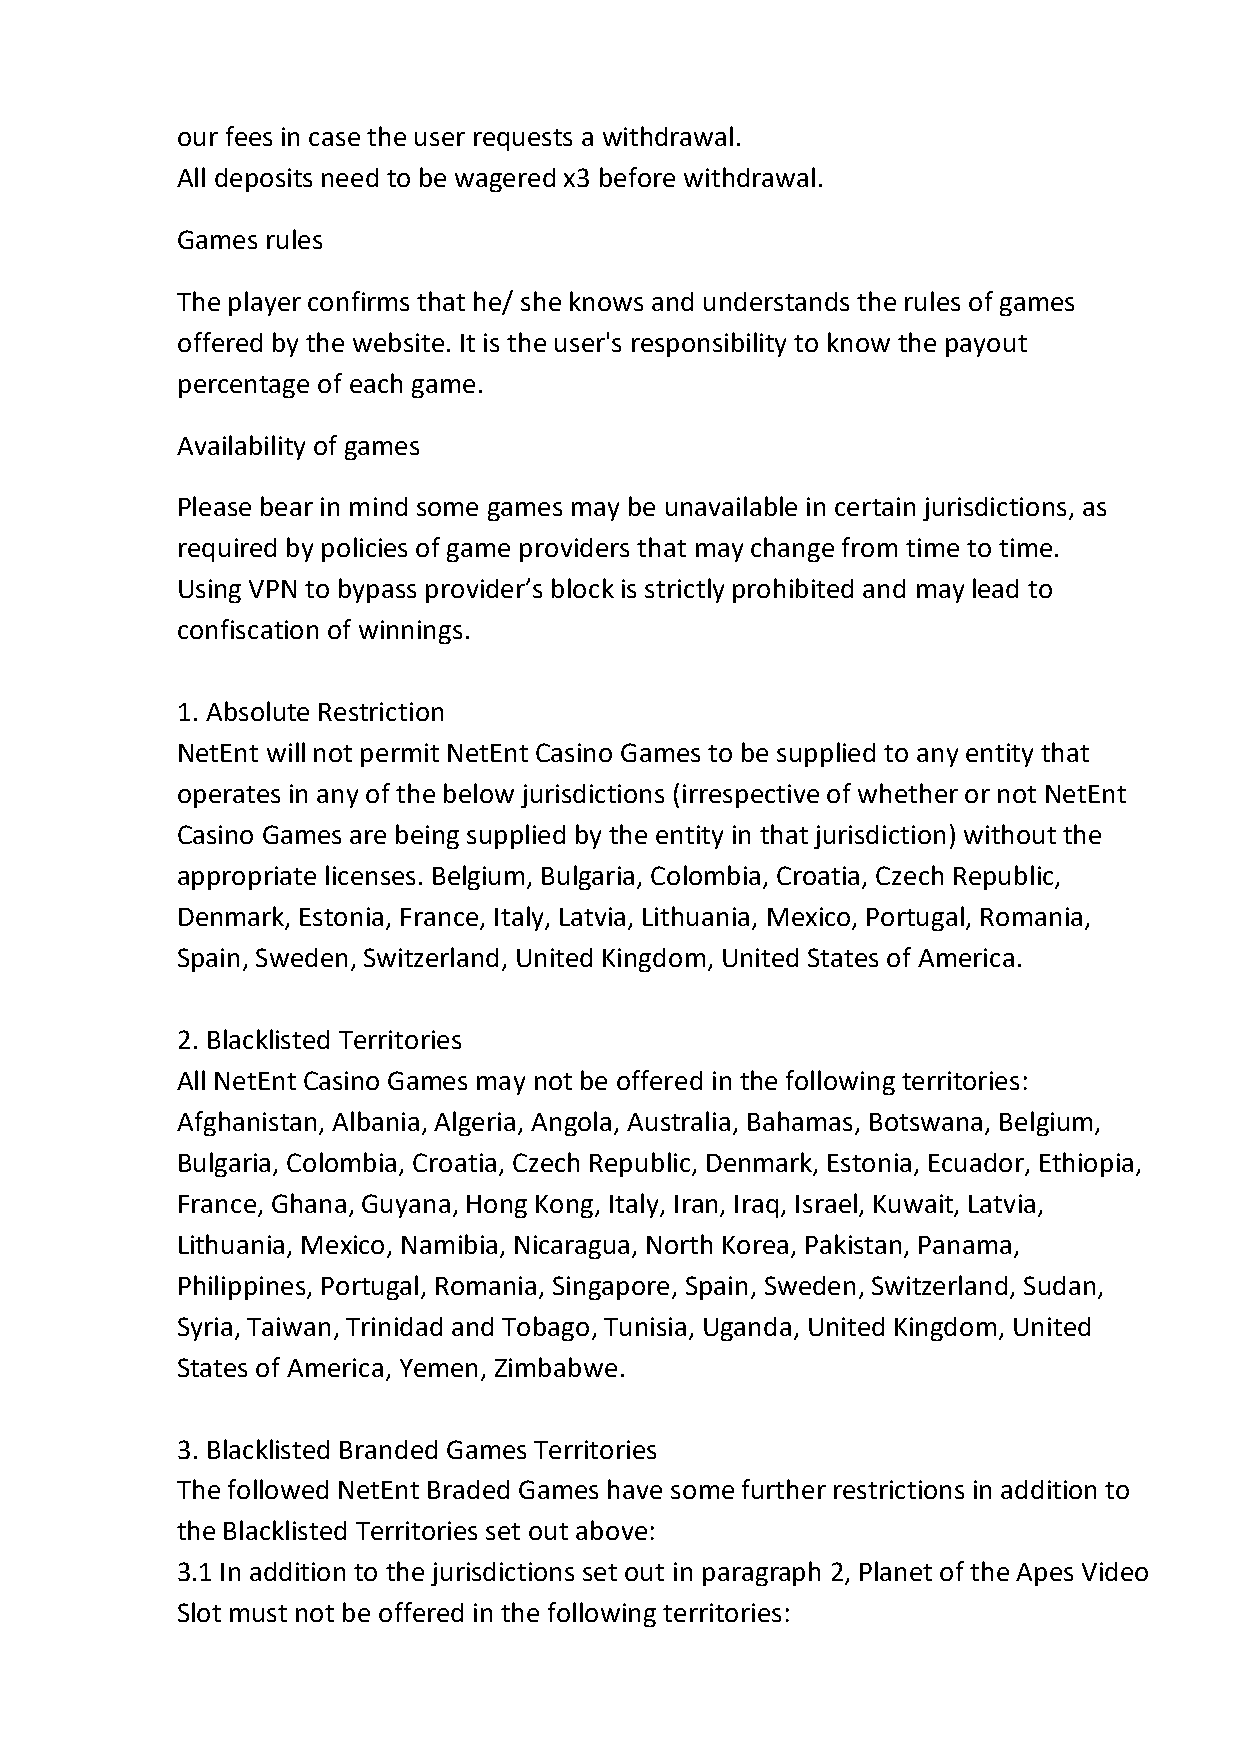
our fees in case the user requests a withdrawal.
 All deposits need to be wagered x3 before withdrawal.
 Games rules
 The player confirms that he/ she knows and understands the rules of games
 offered by the website. It is the user's responsibility to know the payout
 percentage of each game.
 Availability of games
 Please bear in mind some games may be unavailable in certain jurisdictions, as
 required by policies of game providers that may change from time to time.
 Using VPN to bypass provider’s block is strictly prohibited and may lead to
 confiscation of winnings.
 1. Absolute Restriction
 NetEnt will not permit NetEnt Casino Games to be supplied to any entity that
 operates in any of the below jurisdictions (irrespective of whether or not NetEnt
 Casino Games are being supplied by the entity in that jurisdiction) without the
 appropriate licenses. Belgium, Bulgaria, Colombia, Croatia, Czech Republic,
 Denmark, Estonia, France, Italy, Latvia, Lithuania, Mexico, Portugal, Romania,
 Spain, Sweden, Switzerland, United Kingdom, United States of America.
 2. Blacklisted Territories
 All NetEnt Casino Games may not be offered in the following territories:
 Afghanistan, Albania, Algeria, Angola, Australia, Bahamas, Botswana, Belgium,
 Bulgaria, Colombia, Croatia, Czech Republic, Denmark, Estonia, Ecuador, Ethiopia,
 France, Ghana, Guyana, Hong Kong, Italy, Iran, Iraq, Israel, Kuwait, Latvia,
 Lithuania, Mexico, Namibia, Nicaragua, North Korea, Pakistan, Panama,
 Philippines, Portugal, Romania, Singapore, Spain, Sweden, Switzerland, Sudan,
 Syria, Taiwan, Trinidad and Tobago, Tunisia, Uganda, United Kingdom, United
 States of America, Yemen, Zimbabwe.
 3. Blacklisted Branded Games Territories
 The followed NetEnt Braded Games have some further restrictions in addition to
 the Blacklisted Territories set out above:
 3.1 In addition to the jurisdictions set out in paragraph 2, Planet of the Apes Video
 Slot must not be offered in the following territories: